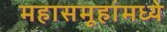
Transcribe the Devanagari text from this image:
महासमूहांमध्ये